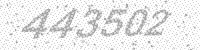
Solution: 443502